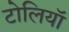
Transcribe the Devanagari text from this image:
टोलियॉ